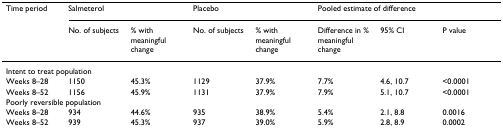
| Time period | <COLSPAN=2> Salmeterol | <COLSPAN=2> Placebo | <COLSPAN=3> Pooled estimate of difference |
 |  | No. of subjects | % with meaningful change | No. of subjects | % with meaningful change | Difference in % meaningful change | 95% CI | P value |
 | --- | --- | --- | --- | --- | --- | --- | --- |
 | <COLSPAN=8> Intent to treat population |
 | Weeks 8–28 | 1150 | 45.3% | 1129 | 37.9% | 7.7% | 4.6, 10.7 | <0.0001 |
 | Weeks 8–52 | 1156 | 45.9% | 1131 | 37.9% | 7.9% | 5.1, 10.7 | <0.0001 |
 | <COLSPAN=8> Poorly reversible population |
 | Weeks 8–28 | 934 | 44.6% | 935 | 38.9% | 5.4% | 2.1, 8.8 | 0.0016 |
 | Weeks 8–52 | 939 | 45.3% | 937 | 39.0% | 5.9% | 2.8, 8.9 | 0.0002 |